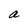
Character: a